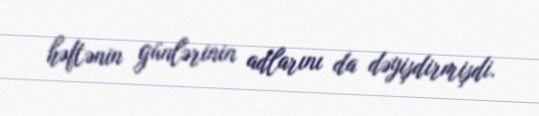
həftənin günlərinin adlarını da dəyişdirmişdi.